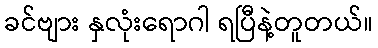
ခင်ဗျား နှလုံးရောဂါ ရပြီနဲ့တူတယ်။